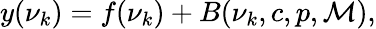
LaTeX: \begin{array}{r}{y(\nu_{k})=f(\nu_{k})+B(\nu_{k},c,p,\mathcal{M}),}\end{array}